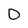
Character: 0